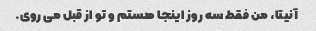
آنیتا، من فقط سه روز اینجا هستم و تو از قبل می روی.